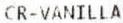
CR-VANILLA